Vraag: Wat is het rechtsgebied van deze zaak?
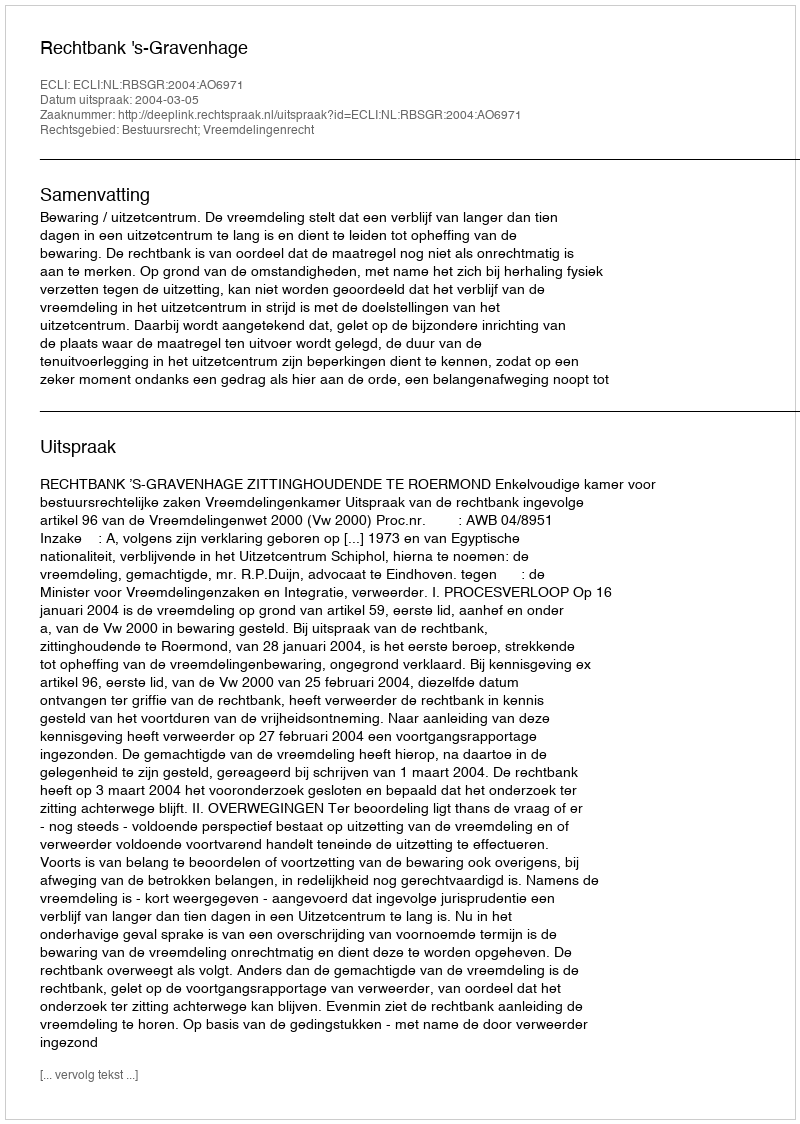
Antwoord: Bestuursrecht; Vreemdelingenrecht